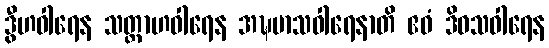
ဒွီဟဝါရေန သတ္တာဟဝါရေန အဍ္ဎမာသဝါရေနာတိ ဧဝံ ဒိဝသဝါရေန